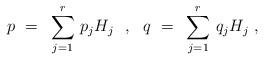
LaTeX: \begin{align*} p~=~\sum_{j=1}^r \, p_j H_j~~,~~q~=~\sum_{j=1}^r \, q_j H_j~,\end{align*}